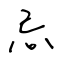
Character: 忌